Annual report on the health of the army in India
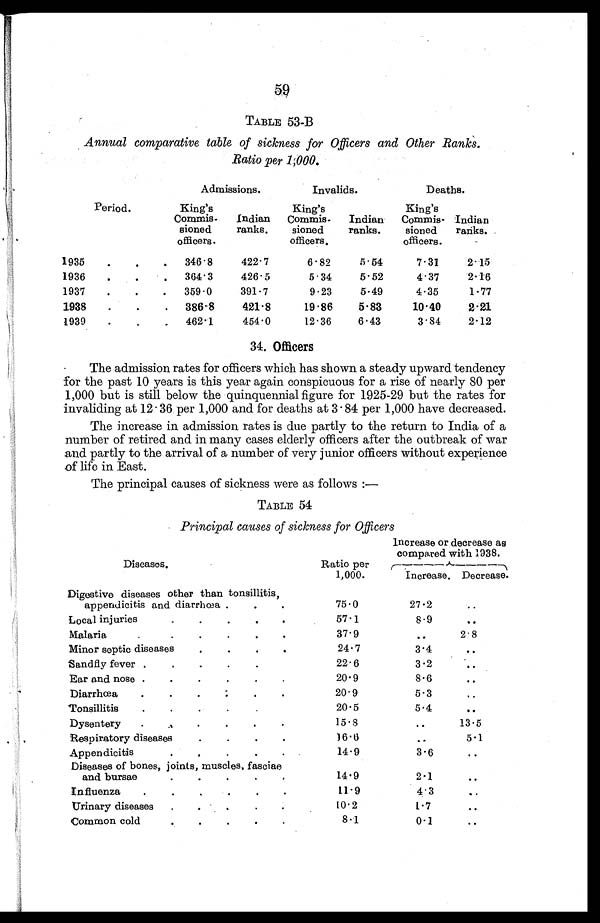
59
TABLE 53-B
Annual comparative table of sickness for Officers and Other Ranks.
Ratio per 1,000.
Admissions.
Invalids.
Deaths.
Period.
King's
Commis-
sioned
officers.
Indian
ranks.
King's
Commis-
sioned
officers.
Indian
ranks.
King's
Commis-
sioned
officers.
Indian
ranks.
1935
.
.
.
346 . 8
422.7
6.82
5.54
7.31
2.15
1936
.
.
. 364.3
426.5
5.34
5.52
4.37
2.16
1937
.
.
.
359 . 0
391.7
9.23
5-49
4.35
1.77
1938
.
.
.
386 . 8
421.8
19.86
5.83
10.40
2.21
1939
.
.
.
462.1
454.0
12.36
6.43
3.84
2.12
34. Officers
•
The admission rates for officers which has shown a steady upward tendenc
for the past 10 years is this year again conspicuous for a rise of nearly 80 per
1,000 but is still below the quinquennial figure for 1925-29 but the rates for
invaliding at 12.36 per 1,000 and for deaths at 3.84 per 1,000 have decreased.
The increase in admission rates is due partly to the return to India of a
number of retired and in many cases elderly officers after the outbreak of war
and partly to the arrival of a number of very junior officers without experience
of life in East.
The principal causes of sickness were as follows :—
TABLE 54
Principal causes of sickness for Officers
Diseases.
Ratio per
1,000.
increase or decrease as
compared with 1938.
Increase.Decrease.
Digestive diseases other than tonsillitis,
appendicitis and diarrhœa .
.
.
75.0
27.2
. .
Local injuries
.
.
.
.
.
57.1
8.9
. .
Malaria
.
.
.
.
.
.
37.9
. .
2.8
Minor septic diseases
.
.
.
.
24.7
3.4
..
Sandfly fever .
.
.
.
.
22.6
3.2
..
Ear and nose .
.
.
.
.
.
20.9
8.6
..
Diarrhœa
.
.
.
.
.
.
20.9
5.3
..
Tonsillitis
.
.
.
.
.
20.5
5.4
..
Dysentery
.
.
.
.
.
.
15.8
..
13.5
Respiratory diseases
.
.
.
.
06.6
. .
5.1
Appendicitis
.
.
.
.
.
14.9
3.6
. .
Diseases of bones, joints, muscles, fasciae
and bursae . . . . .
14.9
2.1
. .
Influenza
.
.
.
.
.
.
11.9
4.3
..
Urinary diseases
.
.
.
.
.
10.2
1.7
. .
Common cold
.
.
.
.
.
8.1
0.1
..